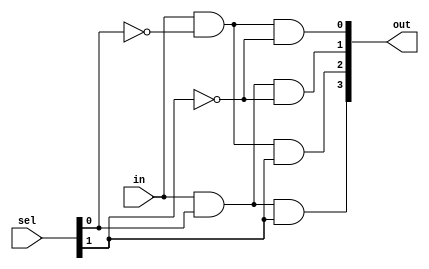
`timescale 1ns / 1ps
//////////////////////////////////////////////////////////////////////////////////
// Company: 
// Engineer: 
// 
// Design Name: 
// Module Name: des
// Project Name: 
// Target Devices: 
// Tool Versions: 
// Description: 
// 
// Dependencies: 
// 
// Revision:
// Revision 0.01 - File Created
// Additional Comments:
// 
//////////////////////////////////////////////////////////////////////////////////


module des(
    input in,
    input [1:0] sel,
    output [3:0] out
    );
    assign out[0]=in & (~sel[0]) & (~sel[1]);
    assign out[1]=in & (sel[0]) & (~sel[1]);
    assign out[2]=in & (~sel[0]) & (sel[1]);
    assign out[3]=in & (sel[0]) & (sel[1]);
endmodule